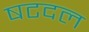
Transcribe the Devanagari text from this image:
षटदल